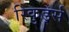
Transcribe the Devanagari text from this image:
रिकुर्ड्स